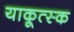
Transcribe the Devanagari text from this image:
याकूत्स्क